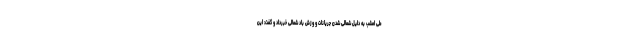
طی امشب به دلیل شمالی شدن جریانات و وزش باد شمالی خبرداد و گفت: این